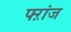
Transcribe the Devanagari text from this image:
फ्ऱांज